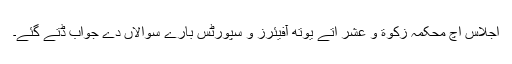
اجلاس اچ محکمہ زکٰوة و عشر اتے یوتھ آفیئرز و سپورٹس بارے سوالاں دے جواب ڈتے گئے۔